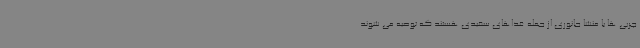
چربی ها با منشا جانوری از جمله غذاهای سفیدی هستند که توصیه می شوند